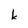
Character: k